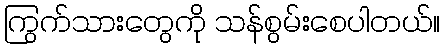
ကြွက်သားတွေကို သန်စွမ်းစေပါတယ်။